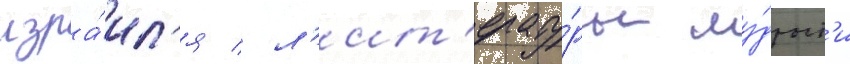
изра́ил'я / л'ит'ерату́ры му́дрост'и